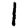
Digit: 1